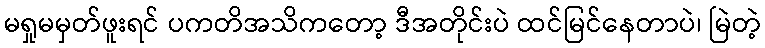
မရှုမမှတ်ဖူးရင် ပကတိအသိကတော့ ဒီအတိုင်းပဲ ထင်မြင်နေတာပဲ၊ မြဲတဲ့